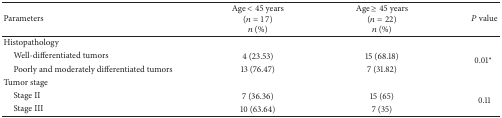
<table><thead><tr><td><b>Parameters</b></td><td><b>Age &lt; 45 years(<i>n</i> = 17) <i>n</i> (%)</b></td><td><b>Age ≥ 45 years (<i>n</i> = 22) <i>n</i> (%)</b></td><td><b><i>P</i> value</b></td></tr></thead><tbody><tr><td>Histopathology</td><td> </td><td> </td><td> </td></tr><tr><td> Well-differentiated tumors</td><td>4 (23.53)</td><td>15 (68.18)</td><td rowspan="2">0.01∗</td></tr><tr><td> Poorly and moderately differentiated tumors</td><td>13 (76.47)</td><td>7 (31.82)</td></tr><tr><td>Tumor stage</td><td> </td><td> </td><td> </td></tr><tr><td> Stage II</td><td>7 (36.36)</td><td>15 (65)</td><td rowspan="2">0.11</td></tr><tr><td> Stage III</td><td>10 (63.64)</td><td>7 (35)</td></tr></tbody></table>